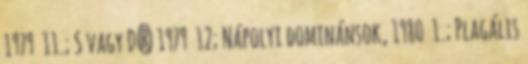
1979 11.; S vagy D? 1979 12; Nápolyi dominánsok, 1980 1.; Plagális